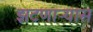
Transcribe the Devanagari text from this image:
झटणाऱ्यास